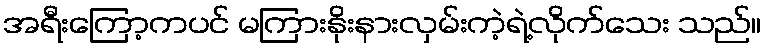
အရီးကြော့ကပင် မကြားနိုးနားလှမ်းကဲ့ရဲ့လိုက်သေး သည်။